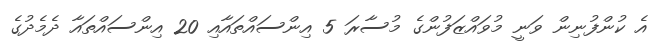
އެ ކުންފުނިން ވަނީ މުވައްޒަފުންގެ މުސާރަ 5 އިންސައްތައާއި 20 އިންސައްތައާ ދެމެދުގެ